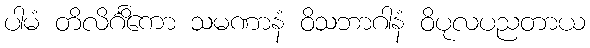
ပါမံ တိလိင်္ဂိကော သမဏာနံ ဝိသဘာဂါနံ ဝိပုလပညတာယ